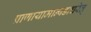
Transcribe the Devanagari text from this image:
प्राणायामान्षडाचरेत्